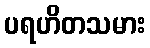
ပရဟိတသမား